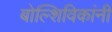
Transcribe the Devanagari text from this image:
बोल्शिविकांनी